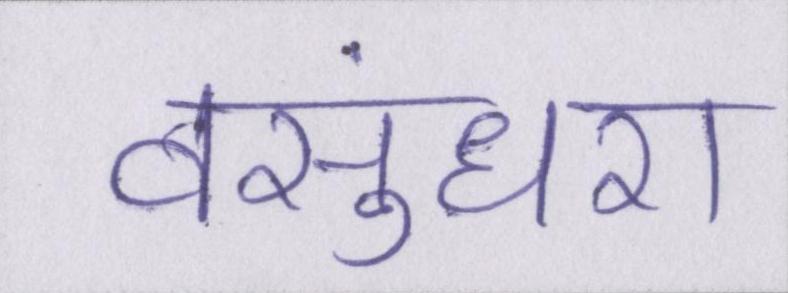
वसुंधरा